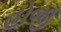
હોજી